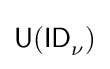
{\mathsf {U(ID}}_{\nu }{\mathsf {)}}